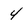
Character: 4